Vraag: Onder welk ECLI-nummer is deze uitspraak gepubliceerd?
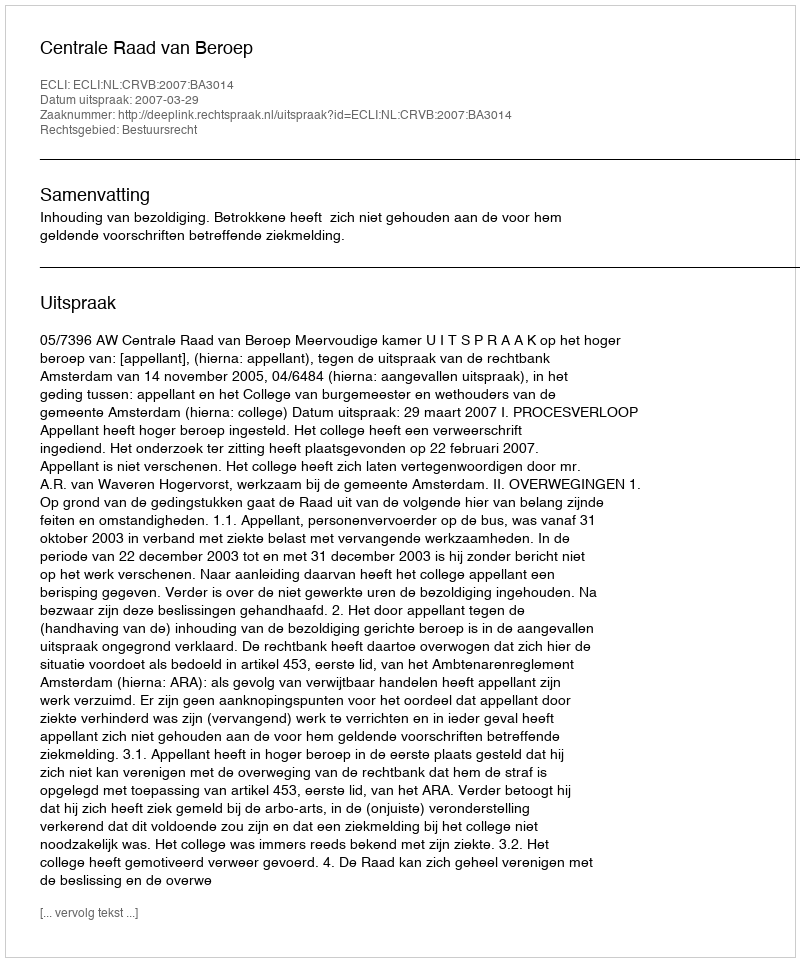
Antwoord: ECLI:NL:CRVB:2007:BA3014